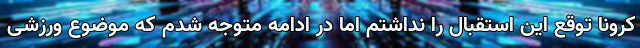
کرونا توقع این استقبال را نداشتم اما در ادامه متوجه شدم که موضوع ورزشی